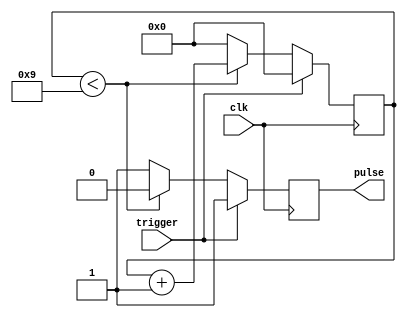
module async_pulse_generator(
    input trigger,
    input clk,
    output reg pulse
);

reg [3:0] counter;

always @(posedge clk) begin
    if (trigger) begin
        counter <= 4'b0000;
        pulse <= 1'b1;
    end else begin
        if (counter < 4'd9) begin
            counter <= counter + 1;
            pulse <= 1'b0;
        end else begin
            counter <= 4'b0000;
            pulse <= 1'b1;
        end
    end
end

endmodule